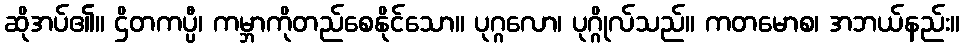
ဆိုအပ်၏။ ဌိတကပ္ပီ၊ ကမ္ဘာကိုတည်စေနိုင်သော။ ပုဂ္ဂလော၊ ပုဂ္ဂိုလ်သည်။ ကတမောစ၊ အဘယ်နည်း။